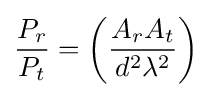
{\frac {P_{r}}{P_{t}}}=\left({\frac {A_{r}A_{t}}{d^{2}\lambda ^{2}}}\right)